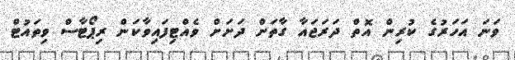
ވަނަ އަހަރުގެ ކުރިން އޮތް ދަރަޖައާ ގާތަށް ދަށަށް ވެއްޓިފައިވާކަން ރިޕޯޓާސް ވިތައުޓް